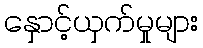
နှောင့်ယှက်မှုများ